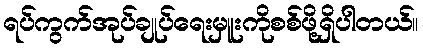
ရပ်ကွက်အုပ်ချုပ်ရေးမှူးကိုစစ်ဖို့ရှိပါတယ်။